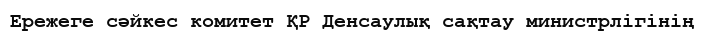
Ережеге сәйкес комитет ҚР Денсаулық сақтау министрлігінің